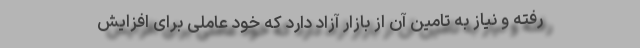
رفته و نیاز به تامین آن از بازار آزاد دارد که خود عاملی برای افزایش